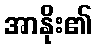
အာနိုး၏